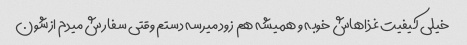
خیلی کیفیت غذاهاش خوبه و همیشه هم زود میرسه دستم وقتی سفارش میدم ازشون